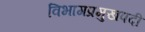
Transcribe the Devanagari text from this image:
विभागप्रमुखपदी